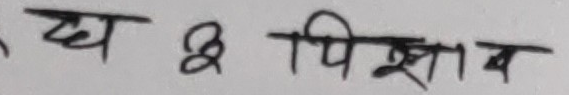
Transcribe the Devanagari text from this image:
व्य छ पिशाब